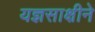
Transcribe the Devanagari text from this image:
यज्ञसाक्षीने